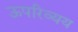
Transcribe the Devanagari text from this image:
ऊपरिव्यय